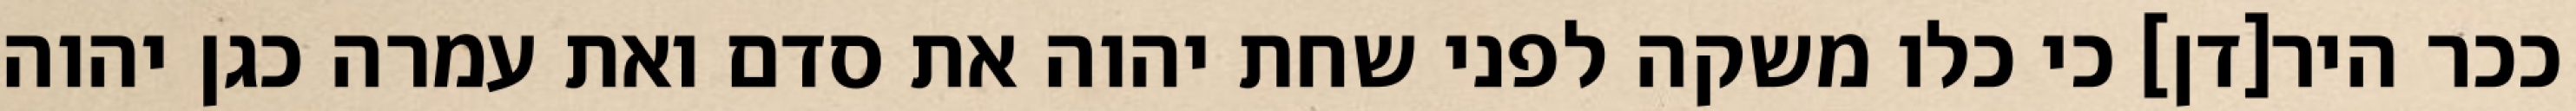
ככר היר[דן] כי כלו משקה לפני שחת יהוה את סדם ואת עמרה כגן יהוה